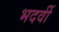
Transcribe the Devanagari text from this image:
भदर्वी